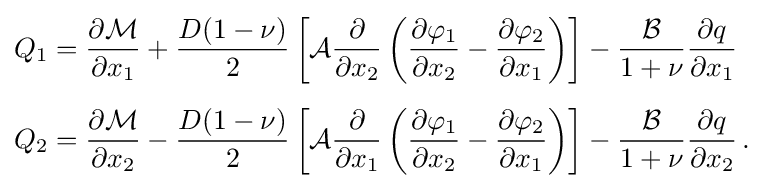
{\begin{aligned}Q_{1}&={\frac {\partial {\mathcal {M}}}{\partial x_{1}}}+{\frac {D(1-\nu )}{2}}\left[{\mathcal {A}}{\frac {\partial }{\partial x_{2}}}\left({\frac {\partial \varphi _{1}}{\partial x_{2}}}-{\frac {\partial \varphi _{2}}{\partial x_{1}}}\right)\right]-{\frac {\mathcal {B}}{1+\nu }}{\frac {\partial q}{\partial x_{1}}}\\[5pt]Q_{2}&={\frac {\partial {\mathcal {M}}}{\partial x_{2}}}-{\frac {D(1-\nu )}{2}}\left[{\mathcal {A}}{\frac {\partial }{\partial x_{1}}}\left({\frac {\partial \varphi _{1}}{\partial x_{2}}}-{\frac {\partial \varphi _{2}}{\partial x_{1}}}\right)\right]-{\frac {\mathcal {B}}{1+\nu }}{\frac {\partial q}{\partial x_{2}}}\,.\end{aligned}}